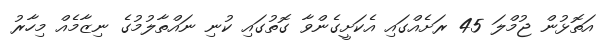
އަތޮޅުން ޖުމްލަ 45 ރަށެއްގައި އެކަށީގެންވާ ގޮތުގައި ކުނި ނައްތާލުމުގެ ނިޒާމެއް މިހާރު